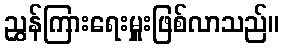
ညွှန်ကြားရေးမှူးဖြစ်လာသည်။